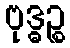
ဗုဒ္ဓဉ္စ